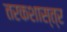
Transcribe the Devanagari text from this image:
तरकशास्त्र